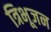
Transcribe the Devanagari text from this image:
त्रिभूजन